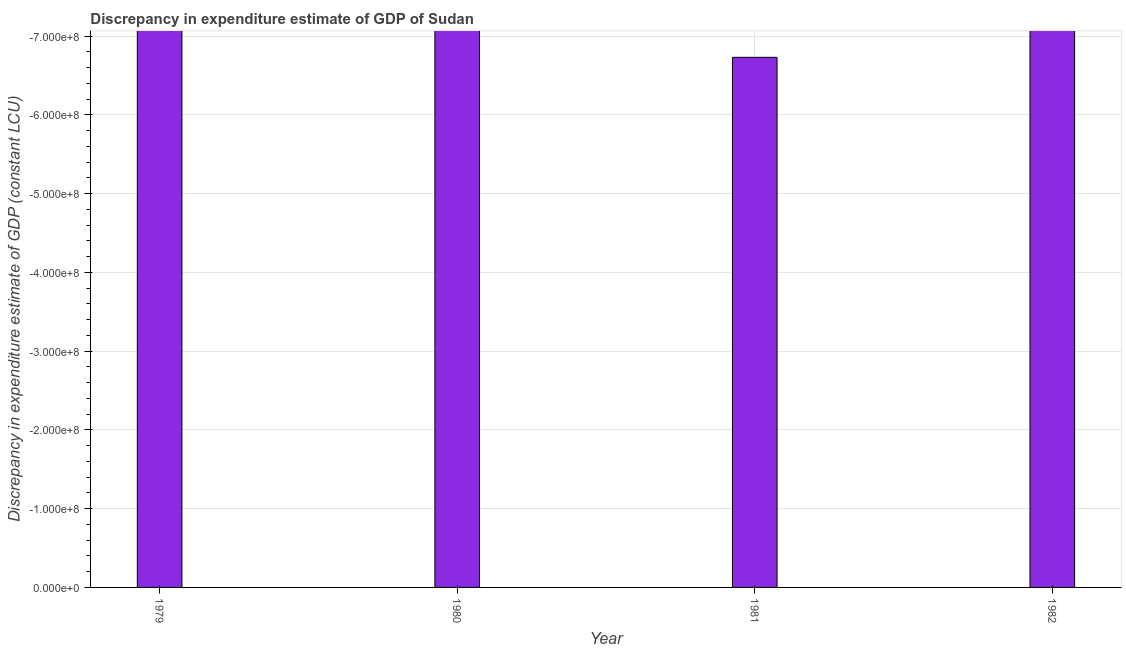
| Year | Discrepancy constant LCU |
 | --- | --- |
 | 1979 | -7.72e+08 |
 | 1980 | -7.44e+08 |
 | 1981 | -6.73e+08 |
 | 1982 | -9e+08 |